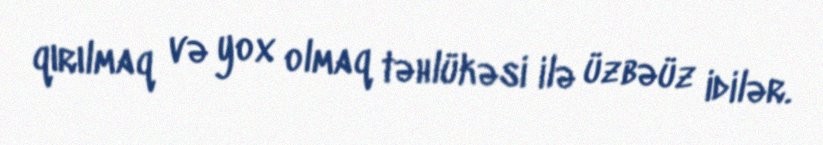
qırılmaq və yox olmaq təhlükəsi ilə üzbəüz idilər.